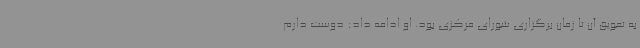
به تعویق آن تا زمان برگزاری شورای مرکزی بود. او ادامه داد: دوست دارم